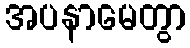
အပနာမေတွာ